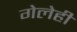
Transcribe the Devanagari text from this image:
गेलेही